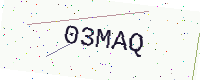
Text: 03MAQ